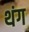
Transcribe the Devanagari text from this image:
थंग